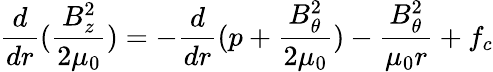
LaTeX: \frac{d}{dr}(\frac{B_{z}^{2}}{2\mu_{0}})=-\frac{d}{dr}(p+\frac{B_{\theta}^{2}}{2\mu_{0}})-\frac{B_{\theta}^{2}}{\mu_{0}r}+f_{c}